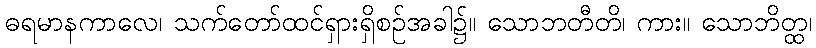
ဓရမာနကာလေ၊ သက်တော်ထင်ရှားရှိစဉ်အခါ၌။ သောဘတီတိ၊ ကား။ သောဘိတ္ထ၊